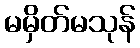
မမှိတ်မသုန်